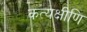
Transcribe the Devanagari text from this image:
कत्यक्षीणि